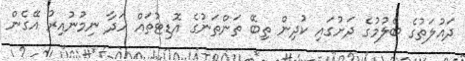
ދައުލަތުގެ ބެލުމުގެ ދަށުގައި ކުދިން ތިބޭ ތަންތަނުގެ އޮޑިޓުތައް ހަދާ ނިމުނުއިރު އޭގެން